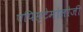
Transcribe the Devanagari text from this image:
एपिस्टेमोलोजी